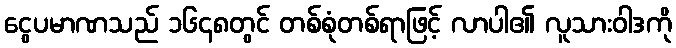
ငွေပမာဏသည် ၁၆၄၈တွင် တစ်စုံတစ်ရာဖြင့် လာပါ၏ လူသားဝါဒကို